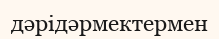
дәрідәрмектермен